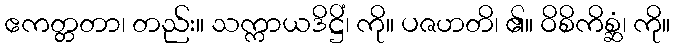
ဧကတ္တတာ၊ တည်း။ သက္ကာယဒိဋ္ဌိံ၊ ကို။ ပဇဟတိ၊ ၏။ ဝိစိကိစ္ဆံ၊ ကို။